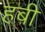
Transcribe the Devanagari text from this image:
हबी